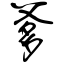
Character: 爹